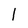
Character: 1